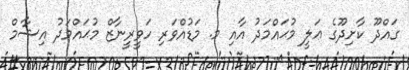
ގައްދޫ ކާށިދޫގެ ޢަލީ މުޙައްމަދު އާއި މ. މަޑުއްވަރި ހަވީރީނާޒް މުޙައްމަދު އިޝާމް